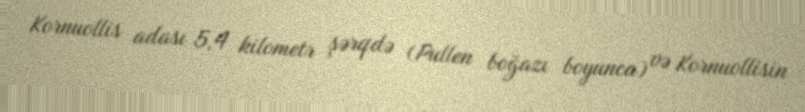
Kornuollis adası 5,4 kilometr şərqdə (Pullen boğazı boyunca) və Kornuollisin